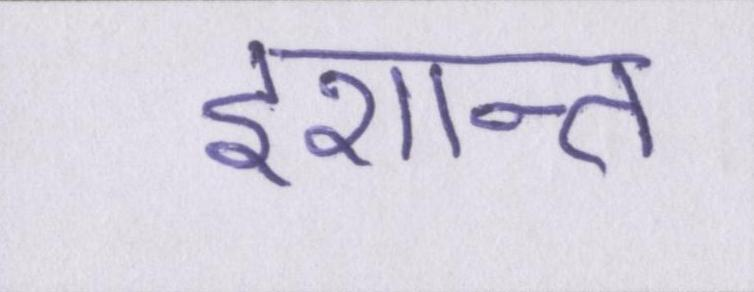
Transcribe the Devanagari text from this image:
इशान्त